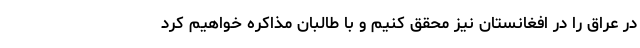
در عراق را در افغانستان نیز محقق کنیم و با طالبان مذاکره خواهیم کرد